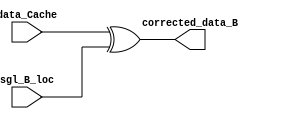
`timescale 1ns / 1ps
module Corrector_B(
    input [31:0] data_Cache,
    input [31:0] sgl_B_loc,
    output [31:0] corrected_data_B

);

assign corrected_data_B = data_Cache ^ sgl_B_loc;

endmodule